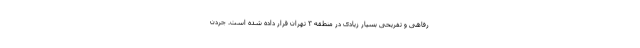
رفاهی و تفريحی بسيار زيادی در منطقه ۳ تهران قرار داده شده است. جردن